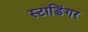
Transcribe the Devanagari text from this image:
स्टाडिंगर